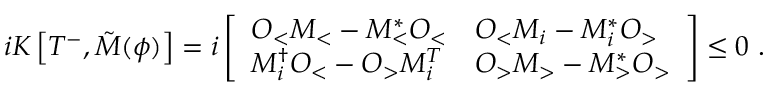
\begin{array} { r } { i K \left[ T ^ { - } , \tilde { M } ( { \phi } ) \right] = i \left[ \begin{array} { l l } { O _ { < } M _ { < } - M _ { < } ^ { * } O _ { < } } & { O _ { < } M _ { i } - M _ { i } ^ { * } O _ { > } } \\ { M _ { i } ^ { \dagger } O _ { < } - O _ { > } M _ { i } ^ { T } } & { O _ { > } M _ { > } - M _ { > } ^ { * } O _ { > } } \end{array} \right] \leq 0 \ . } \end{array}